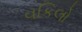
વકિલો